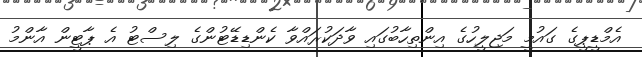
އެމްޑީޕީގެ ގައުމީ މަޖިލީހުގެ އިންތިހާބުގައި ވާދަކުރައްވާ ކެންޑިޑޭޓުންގެ ލިސްޓު އެ ޕާޓީން އާންމު